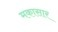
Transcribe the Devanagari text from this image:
मकासार